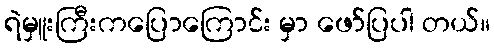
ရဲမှူးကြီးကပြောကြောင်း မှာ ဖော်ပြပါ တယ်။